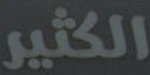
الكثير